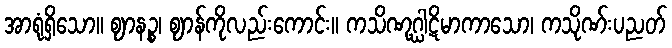
အာရုံရှိသော။ ဈာနဉ္စ၊ ဈာန်ကိုလည်းကောင်း။ ကသိဏုဂ္ဃါဋိမာကာသော၊ ကသိုဏ်းပညတ်